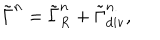
\tilde { \Gamma } ^ { n } = \tilde { \Gamma } _ { R } ^ { n } + \tilde { \Gamma } _ { \mathrm { d i v } } ^ { n } ,